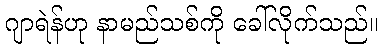
ဂျာရဲန်ဟု နာမည်သစ်ကို ခေါ်လိုက်သည်။